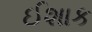
ઈશાક